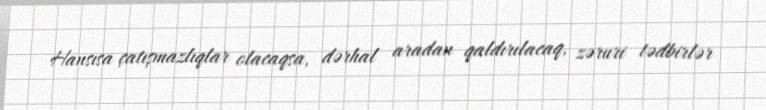
Hansısa çatışmazlıqlar olacaqsa, dərhal aradan qaldırılacaq, zəruri tədbirlər